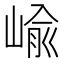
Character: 崳